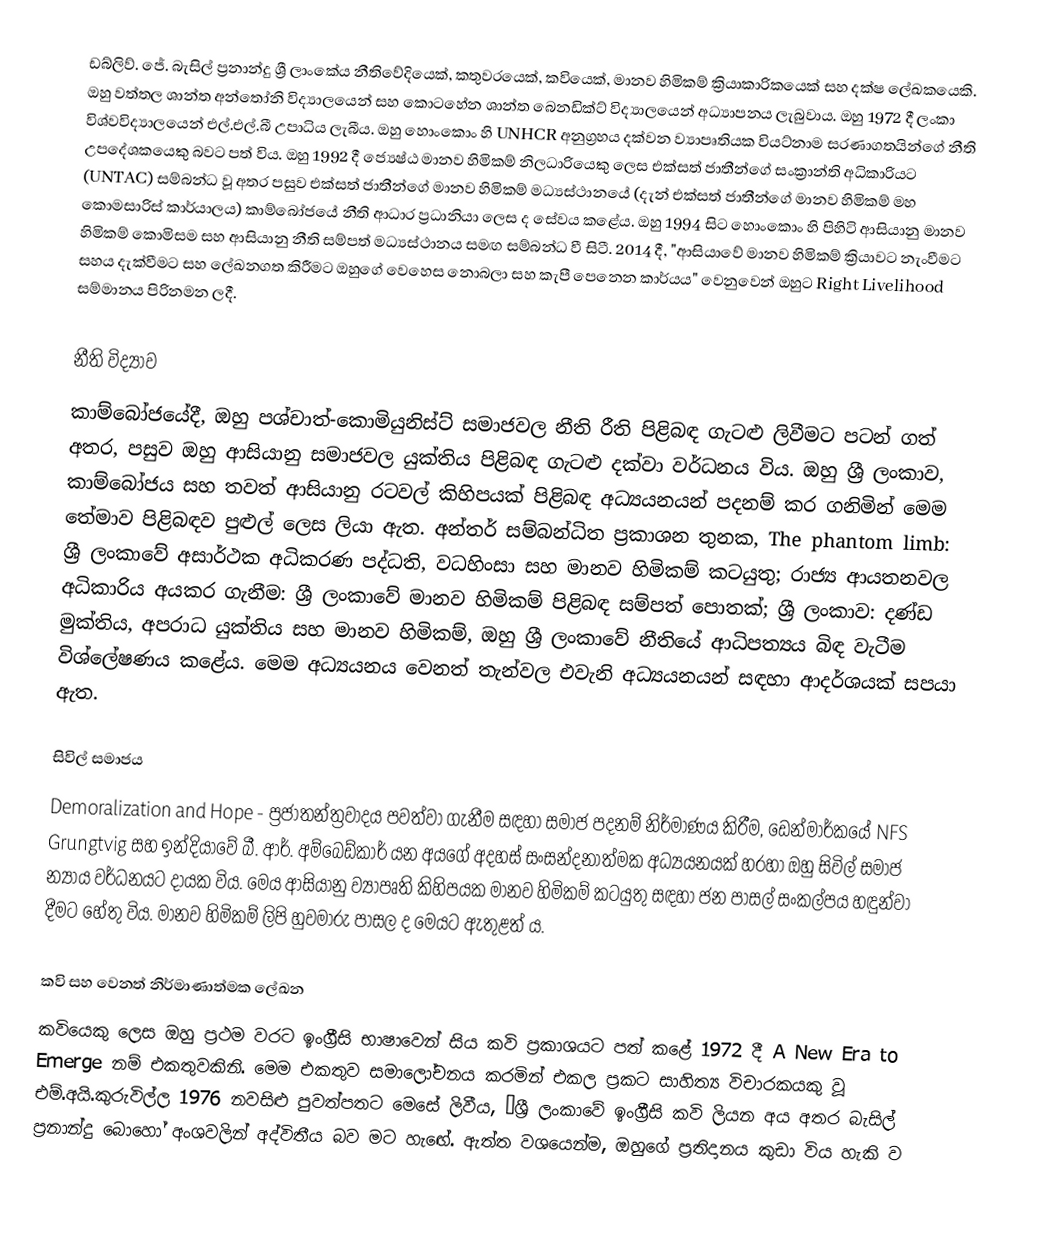
ඩබ්ලිව්. ජේ. බැසිල් ප්‍රනාන්දු ශ්‍රී ලාංකේය නීතිවේදියෙක්, කතුවරයෙක්, කවියෙක්, මානව හිමිකම් ක්‍රියාකාරිකයෙක් සහ දක්ෂ ලේඛකයෙකි. ඔහු වත්තල ශාන්ත අන්තෝනි විද්‍යාලයෙන් සහ කොටහේන ශාන්ත බෙනඩික්ට් විද්‍යාලයෙන් අධ්‍යාපනය ලැබුවාය. ඔහු 1972 දී ලංකා විශ්වවිද්‍යාලයෙන් එල්.එල්.බී උපාධිය ලැබීය. ඔහු හොංකොං හි UNHCR අනුග්‍රහය දක්වන ව්‍යාපෘතියක වියට්නාම සරණාගතයින්ගේ නීති උපදේශකයෙකු බවට පත් විය. ඔහු 1992 දී ජ්‍යෙෂ්ඨ මානව හිමිකම් නිලධාරියෙකු ලෙස එක්සත් ජාතීන්ගේ සංක්‍රාන්ති අධිකාරියට (UNTAC) සම්බන්ධ වූ අතර පසුව එක්සත් ජාතීන්ගේ මානව හිමිකම් මධ්‍යස්ථානයේ (දැන් එක්සත් ජාතීන්ගේ මානව හිමිකම් මහ කොමසාරිස් කාර්යාලය) කාම්බෝජයේ නීති ආධාර ප්‍රධානියා ලෙස ද සේවය කළේය. ඔහු 1994 සිට හොංකොං හි පිහිටි ආසියානු මානව හිමිකම් කොමිසම සහ ආසියානු නීති සම්පත් මධ්‍යස්ථානය සමඟ සම්බන්ධ වී සිටී. 2014 දී, "ආසියාවේ මානව හිමිකම් ක්‍රියාවට නැංවීමට සහය දැක්වීමට සහ ලේඛනගත කිරීමට ඔහුගේ වෙහෙස නොබලා සහ කැපී පෙනෙන කාර්යය" වෙනුවෙන් ඔහුට Right Livelihood සම්මානය පිරිනමන ලදී.

නීති විද්‍යාව
කාම්බෝජයේදී, ඔහු පශ්චාත්-කොමියුනිස්ට් සමාජවල නීති රීති පිළිබඳ ගැටළු ලිවීමට පටන් ගත් අතර, පසුව ඔහු ආසියානු සමාජවල යුක්තිය පිළිබඳ ගැටළු දක්වා වර්ධනය විය. ඔහු ශ්‍රී ලංකාව, කාම්බෝජය සහ තවත් ආසියානු රටවල් කිහිපයක් පිළිබඳ අධ්‍යයනයන් පදනම් කර ගනිමින් මෙම තේමාව පිළිබඳව පුළුල් ලෙස ලියා ඇත. අන්තර් සම්බන්ධිත ප්‍රකාශන තුනක, The phantom limb: ශ්‍රී ලංකාවේ අසාර්ථක අධිකරණ පද්ධති, වධහිංසා සහ මානව හිමිකම් කටයුතු; රාජ්‍ය ආයතනවල අධිකාරිය අයකර ගැනීම: ශ්‍රී ලංකාවේ මානව හිමිකම් පිළිබඳ සම්පත් පොතක්; ශ්‍රී ලංකාව: දණ්ඩ මුක්තිය, අපරාධ යුක්තිය සහ මානව හිමිකම්, ඔහු ශ්‍රී ලංකාවේ නීතියේ ආධිපත්‍යය බිඳ වැටීම විශ්ලේෂණය කළේය. මෙම අධ්‍යයනය වෙනත් තැන්වල එවැනි අධ්‍යයනයන් සඳහා ආදර්ශයක් සපයා ඇත.

සිවිල් සමාජය
Demoralization and Hope - ප්‍රජාතන්ත්‍රවාදය පවත්වා ගැනීම සඳහා සමාජ පදනම් නිර්මාණය කිරීම, ඩෙන්මාර්කයේ NFS Grungtvig සහ ඉන්දියාවේ බී. ආර්. අම්බෙඩ්කාර් යන අයගේ අදහස් සංසන්දනාත්මක අධ්‍යයනයක් හරහා ඔහු සිවිල් සමාජ න්‍යාය වර්ධනයට දායක විය.  මෙය ආසියානු ව්‍යාපෘති කිහිපයක මානව හිමිකම් කටයුතු සඳහා ජන පාසල් සංකල්පය හඳුන්වා දීමට හේතු විය. මානව හිමිකම් ලිපි හුවමාරු පාසල ද මෙයට ඇතුළත් ය.

කවි සහ වෙනත් නිර්මාණාත්මක ලේඛන
කවියෙකු ලෙස ඔහු ප්‍රථම වරට ඉංග්‍රීසි භාෂාවෙන් සිය කවි ප්‍රකාශයට පත් කළේ 1972 දී A New Era to Emerge නම් එකතුවකිනි. මෙම එකතුව සමාලෝචනය කරමින් එකල ප්‍රකට සාහිත්‍ය විචාරකයකු වූ එම්.අයි.කුරුවිල්ල 1976 නවසිළු පුවත්පතට මෙසේ ලිවීය, “ශ්‍රී ලංකාවේ ඉංග්‍රීසි කවි ලියන අය අතර බැසිල් ප්‍රනාන්දු බොහෝ අංශවලින් අද්විතීය බව මට හැඟේ. ඇත්ත වශයෙන්ම, ඔහුගේ ප්‍රතිදානය කුඩා විය හැකි ව